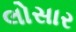
લોસાર